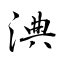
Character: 淟